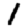
Digit: 1